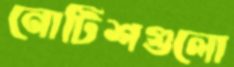
নোটিশগুলো